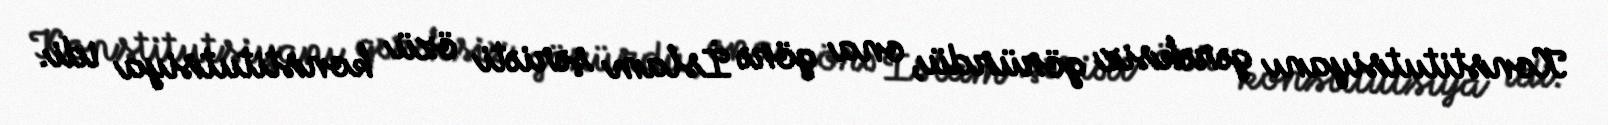
Konstitutsiyanı gərəksiz görürdü, ona görə İslam şəriəti özü konstitutsiya idi.